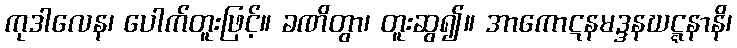
ကုဒါလေန၊ ပေါက်တူးဖြင့်။ ခဏိတွာ၊ တူးဆွ၍။ အာကောဋနမဒ္ဒနဃဋ္ဋနာနိ၊